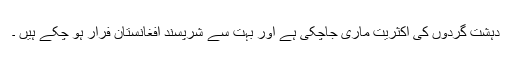
دہشت گردوں کی اکثریت ماری جاچکی ہے اور بہت سے شرپسند افغانستان فرار ہو چکے ہیں ۔